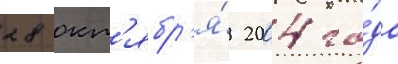
28 окт'ябр'я́ 2004 го́да